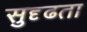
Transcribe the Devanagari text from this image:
सुदृढता